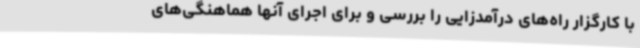
با کارگزار راه‌های درآمدزایی را بررسی و برای اجرای آنها هماهنگی‌های